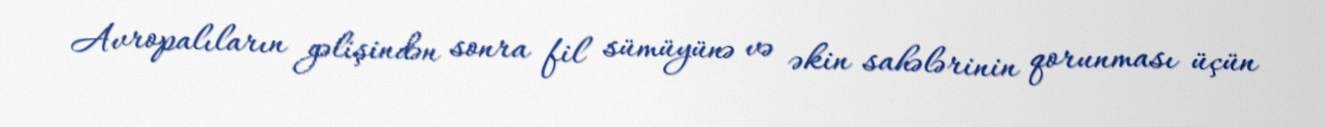
Avropalıların gəlişindən sonra fil sümüyünə və əkin sahələrinin qorunması üçün